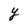
Character: Y